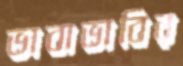
ভাবাভাবির